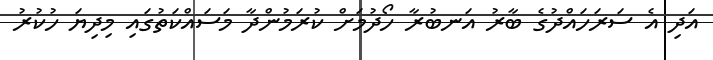
އަދި އެ ސަރަހައްދުގެ ބާރު އަނބުރާ ހޯދުމަށް ކުރަމުންދާ މަސައްކަތުގައި މިދިޔަ ހުކުރު